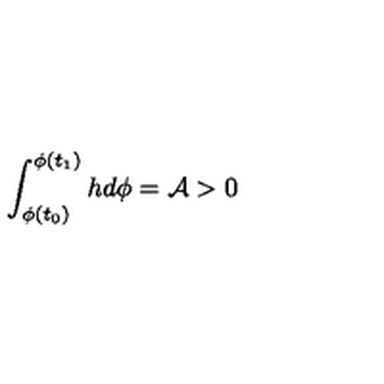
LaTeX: \int _ { \phi ( t _ { 0 } ) } ^ { \phi ( t _ { 1 } ) } h d \phi = { \cal A } > 0